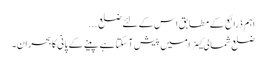
اہم ذرائع کے مطابق اس کے لئے ضلع ...
ضلع شمالی کینرا میں پیش آ سکتا ہے پینے کے پانی کابحران۔